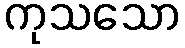
ကုသသော